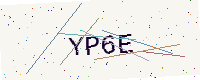
Text: YP6E